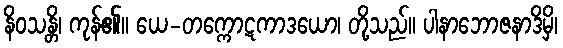
နိဝသန္တိ၊ ကုန်၏။ ယေ-တက္ကောဋကာဒယော၊ တို့သည်။ ပါနာဘောဇနာဒိမှိ၊